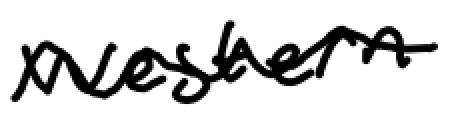
Text: western
Cross-out: wave
Writing tool: digital_black